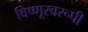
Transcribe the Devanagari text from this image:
विष्णूस्वरूपी